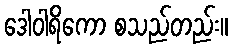
ဒေါဝါရိကော စသည်တည်း။